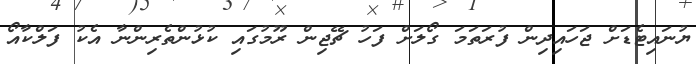
ޔުނައިޓެޑަށް ޖަހައިދިން ފުރަތަމަ ގޯލަށް ފަހު ޗޭޖިން ރޫމުގައި ކުޅުންތެރިންނާ އެކު ފަލްކާއޯ